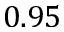
0 . 9 5